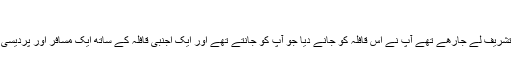
کاروان حج کی خدمت کرنا
امام سجاد علیہ السلام حج پر تشریف لے جارھے تھے آپ نے اس قافلہ کو جانے دیا جو آپ کو جانتے تھے اور ایک اجنبی قافلہ کے ساتھ ایک مسافر اور پردیسی کے طور پر شامل ھو گئے۔